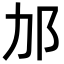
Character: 𬩳